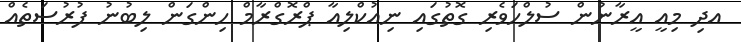
އދި މިއީ އީރާނުން ސުލްހަވެރި ގޮތުގައި ނިއުކްލިއާ ޕްރޮގްރާމް ހިންގަން ލިބުނު ފުރުސަތެއް